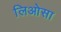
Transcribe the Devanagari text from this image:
लिओसा